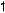
1